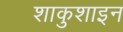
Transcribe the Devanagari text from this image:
शाकुशाइन